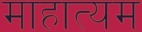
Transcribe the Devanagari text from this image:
माहात्यम